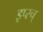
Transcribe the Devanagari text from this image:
इप्स्च्